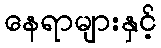
နေရာများနှင့်